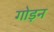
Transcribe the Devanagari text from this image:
गोड़न